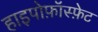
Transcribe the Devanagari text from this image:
हाइपोफ़ॉस्फ़ेट